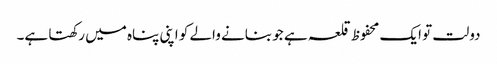
دولت تو ایک محفوظ قلعہ ہے جو بنانے والے کو اپنی پناہ میں رکھتا ہے۔